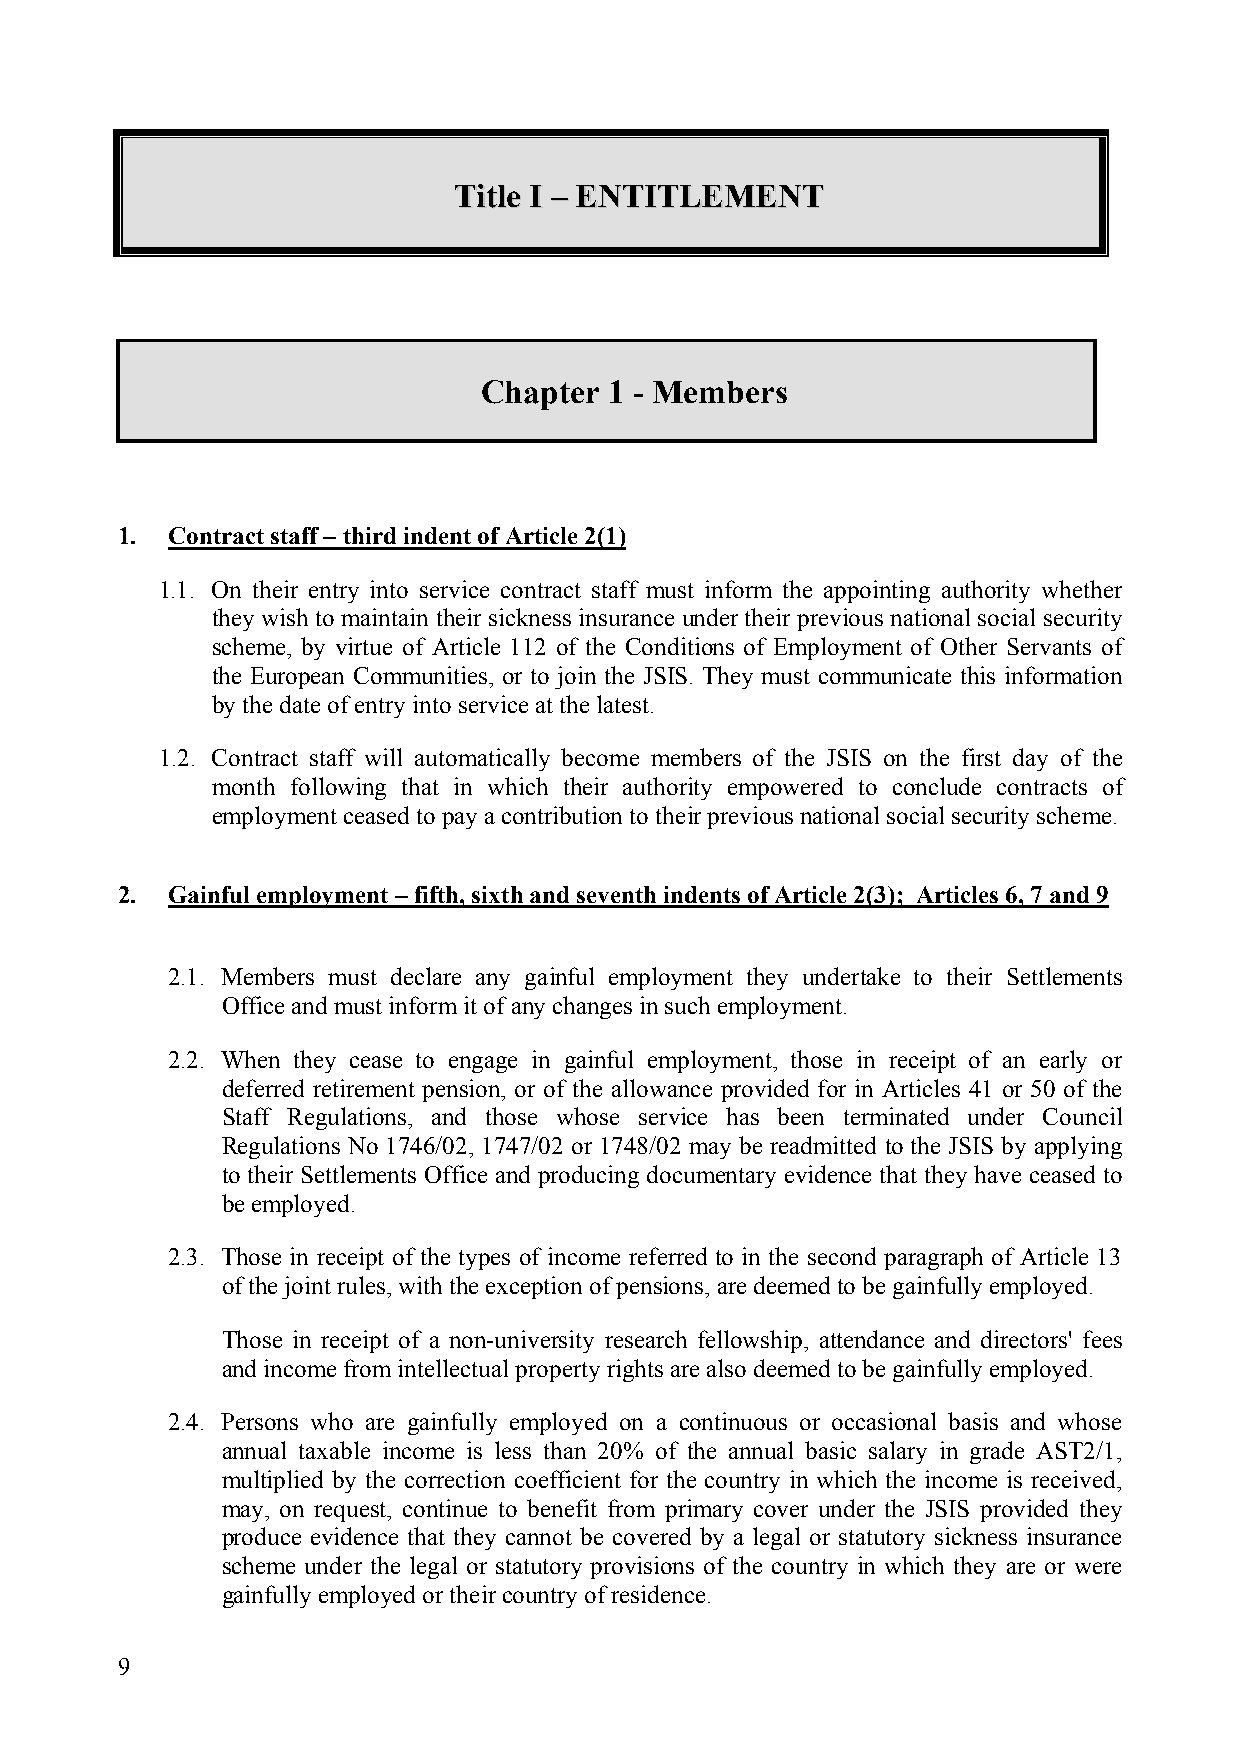
TTiittllee II –– EENNTTIITTLLEEMMEENNTT
 Chapter 1 - Members
 1. Contract staff – third indent of Article 2(1)
 1.1. On their entry into service contract staff must inform the appointing authority whether
 they wish to maintain their sickness insurance under their previous national social security
 scheme, by virtue of Article 112 of the Conditions of Employment of Other Servants of
 the European Communities, or to join the JSIS. They must communicate this information
 by the date of entry into service at the latest.
 1.2. Contract staff will automatically become members of the JSIS on the first day of the
 month following that in which their authority empowered to conclude contracts of
 employment ceased to pay a contribution to their previous national social security scheme.
 2. Gainful employment – fifth, sixth and seventh indents of Article 2(3); Articles 6, 7 and 9
 2.1. Members must declare any gainful employment they undertake to their Settlements
 Office and must inform it of any changes in such employment.
 2.2. When they cease to engage in gainful employment, those in receipt of an early or
 deferred retirement pension, or of the allowance provided for in Articles 41 or 50 of the
 Staff Regulations, and those whose service has been terminated under Council
 Regulations No 1746/02, 1747/02 or 1748/02 may be readmitted to the JSIS by applying
 to their Settlements Office and producing documentary evidence that they have ceased to
 be employed.
 2.3. Those in receipt of the types of income referred to in the second paragraph of Article 13
 of the joint rules, with the exception of pensions, are deemed to be gainfully employed.
 Those in receipt of a non-university research fellowship, attendance and directors' fees
 and income from intellectual property rights are also deemed to be gainfully employed.
 2.4. Persons who are gainfully employed on a continuous or occasional basis and whose
 annual taxable income is less than 20% of the annual basic salary in grade AST2/1,
 multiplied by the correction coefficient for the country in which the income is received,
 may, on request, continue to benefit from primary cover under the JSIS provided they
 produce evidence that they cannot be covered by a legal or statutory sickness insurance
 scheme under the legal or statutory provisions of the country in which they are or were
 gainfully employed or their country of residence.
 9